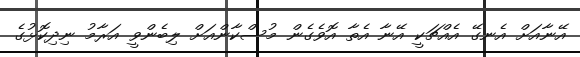
އޭނާއަށް އެނގޭ އެއްޗަކީ އޭނާ އެތާ އޮވެގެން މުސްކާންއަށް ލިބެންވީ އަރާމު ނިދިކޮޅުގެ